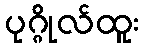
ပုဂ္ဂိုလ်ထူး